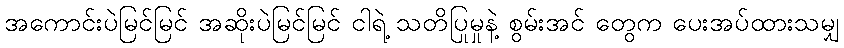
အကောင်းပဲမြင်မြင် အဆိုးပဲမြင်မြင် ငါရဲ့ သတိပြုမှုနဲ့ စွမ်းအင် တွေက ပေးအပ်ထားသမျှ